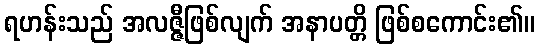
ရဟန်းသည် အလဇ္ဇီဖြစ်လျက် အနာပတ္တိ ဖြစ်စကောင်း၏။